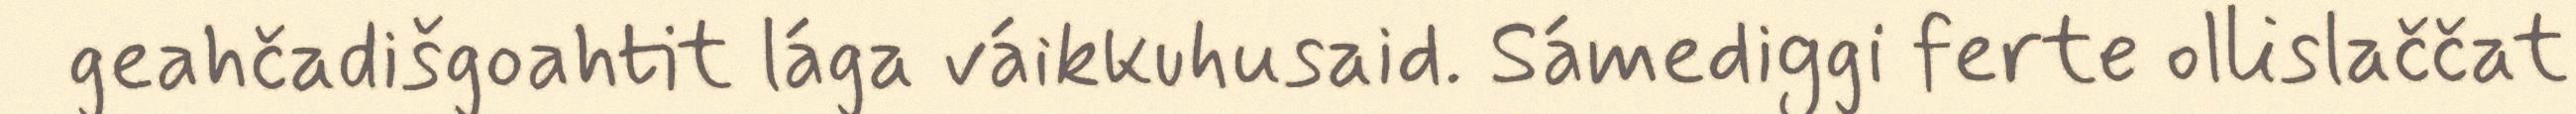
geahčadišgoahtit lága váikkuhusaid. Sámediggi ferte ollislaččat